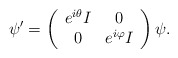
\begin{align*}\psi ^{\prime }=\left(\begin{array}{cc}e^{i\theta }I & 0 \\0 & e^{i\varphi }I\end{array}\right) \psi .\end{align*}